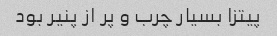
پیتزا بسیار چرب و پر از پنیر بود